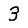
Digit: 3